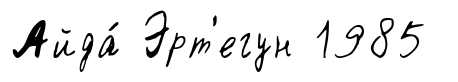
Айда́ Эрт'егун 1985